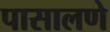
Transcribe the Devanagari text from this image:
पासालणे